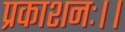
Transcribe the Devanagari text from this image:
प्रकाशनः।।